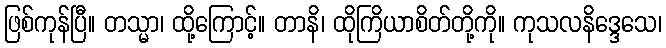
ဖြစ်ကုန်ပြီ။ တသ္မာ၊ ထို့ကြောင့်။ တာနိ၊ ထိုကြိယာစိတ်တို့ကို။ ကုသလနိဒ္ဒေသေ၊